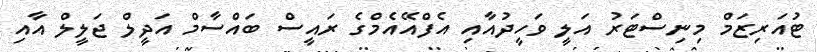
ޓުއަރިޒަމް މިނިސްޓަރު އަލީ ވަހީދުއާއި އެފްއޭއެމްގެ ރައީސް ބައްސާމް އަދީލް ޖަލީލް އާއި